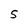
Character: S